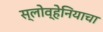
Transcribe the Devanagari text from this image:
स्लोव्हेनियाचा